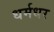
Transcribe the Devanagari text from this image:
धर्मधर